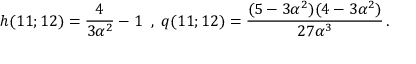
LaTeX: h ( 1 1 ; 1 2 ) = \frac 4 { 3 \alpha ^ { 2 } } - 1 \; \; , \; q ( 1 1 ; 1 2 ) = \frac { ( 5 - 3 \alpha ^ { 2 } ) ( 4 - 3 \alpha ^ { 2 } ) } { 2 7 \alpha ^ { 3 } } \, .